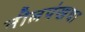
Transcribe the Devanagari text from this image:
नीलपंखचा